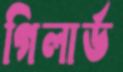
গিলার্ড